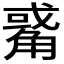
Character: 𧤅